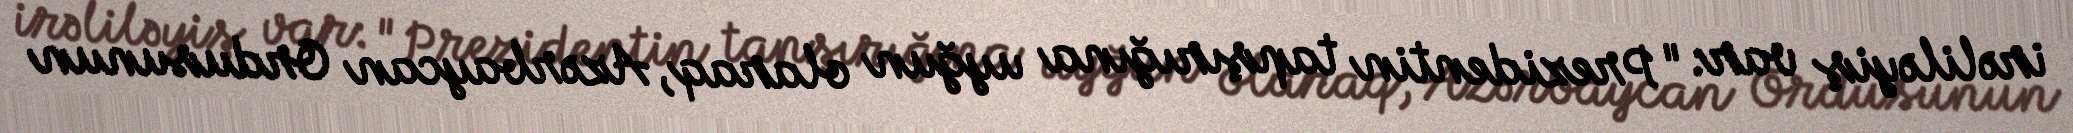
irəliləyiş var: "Prezidentin tapşırığına uyğun olaraq, Azərbaycan Ordusunun